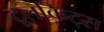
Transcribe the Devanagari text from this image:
टूलकिट्स